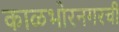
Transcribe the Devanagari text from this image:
काळभोरनगरची